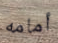
أمامه